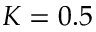
K = 0 . 5